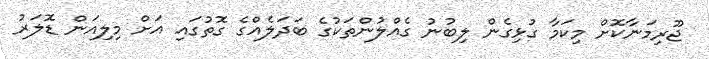
ޖޫރިމަނާކޮށް މިކަމާ ގުޅިގެން ލިބުނު ގެއްލުންތަކުގެ ބަދަލެއްގެ ގޮތުގައި އަށް މިލިއަން ޑޮލަރު